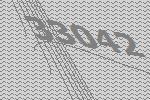
33042